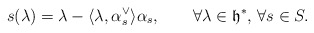
\begin{align*}s(\lambda)=\lambda-\langle \lambda, \alpha_s^\vee \rangle \alpha_s,\quad\quad\forall \lambda\in \mathfrak{h}^*,\,\forall s \in S.\end{align*}